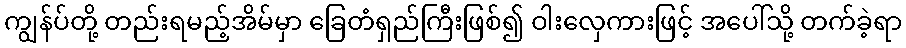
ကျွန်ပ်တို့ တည်းရမည့်အိမ်မှာ ခြေတံရှည်ကြီးဖြစ်၍ ဝါးလှေကားဖြင့် အပေါ်သို့ တက်ခဲ့ရာ